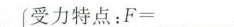
受力特点：$$F = ___$$